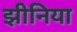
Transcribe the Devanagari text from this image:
झीनिया